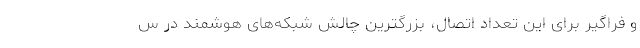
و فراگیر برای این تعداد اتصال، بزرگترین چالش شبکه‌های هوشمند در س